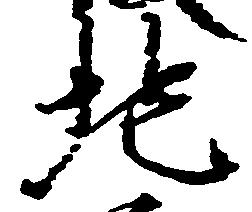
地